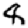
Digit: 8